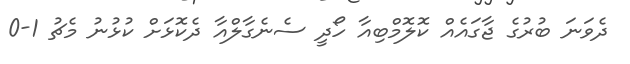
ދެވަނަ ބުރުގެ ޖާގައެއް ކޮލޮމްބިއާ ހޯދީ ސެނެގާލްއާ ދެކޮޅަށް ކުޅުނު މެޗު 1-0